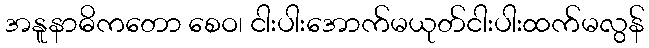
အနူနာဓိကတော စေဝ၊ ငါးပါးအောက်မယုတ်ငါးပါးထက်မလွန်